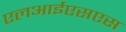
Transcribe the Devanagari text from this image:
एलआईएसएस